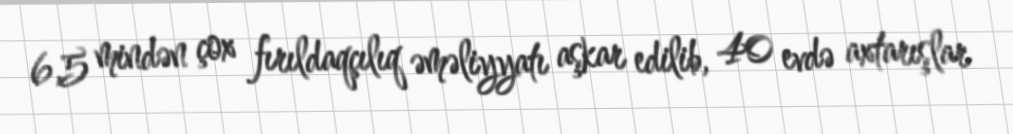
6,5 mindən çox fırıldaqçılıq əməliyyatı aşkar edilib, 40 evdə axtarışlar